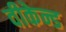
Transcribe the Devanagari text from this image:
वीकेन्ड